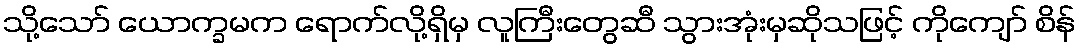
သို့သော် ယောက္ခမက ရောက်လို့ရှိမှ လူကြီးတွေဆီ သွားအုံးမှဆိုသဖြင့် ကိုကျော် စိန်